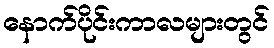
နောက်ပိုင်းကာလများတွင်